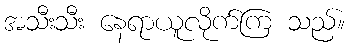
အသီးသီး နေရာယူလိုက်ကြ သည်။